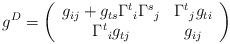
LaTeX: \begin{align*}g^D = \left(\begin{array}{cc} g_{ij} + g_{ts} {\Gamma^t}_i {\Gamma^s}_j & {\Gamma^t}_j g_{ti} \\ {\Gamma^t}_i g_{tj} & g_{ij} \end{array}\right)\end{align*}